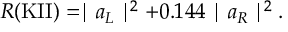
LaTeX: R ( \mathrm { K I I } ) = \mid a _ { L } \mid ^ { 2 } + 0 . 1 4 4 \mid a _ { R } \mid ^ { 2 } .